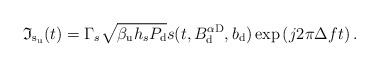
\begin{align*}&\!\!\!\!\!\!\! \mathfrak{I}_{{\rm s}_{\rm u}}(t)= \Gamma_{s} \sqrt{\beta_{\rm u} h_s P_{\rm d}}s(t,B_{\rm d}^{\alpha {\rm D}},b_{\rm d}) \exp \left( j 2 \pi \Delta f t \right).\end{align*}